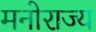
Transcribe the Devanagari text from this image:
मनोराज्य